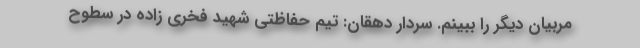
مربیان دیگر را ببینم. سردار دهقان: تیم حفاظتی شهید فخری‌ زاده در سطوح